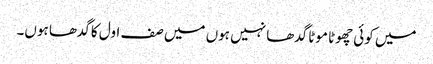
میں کوئی چھوٹا موٹا گدھا نہیں ہوں میں صف اول کا گدھا ہوں۔